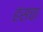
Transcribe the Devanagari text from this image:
हंसचा